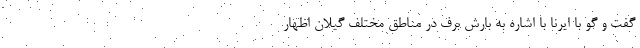
گفت و گو با ایرنا با اشاره به بارش برف در مناطق مختلف گیلان اظهار